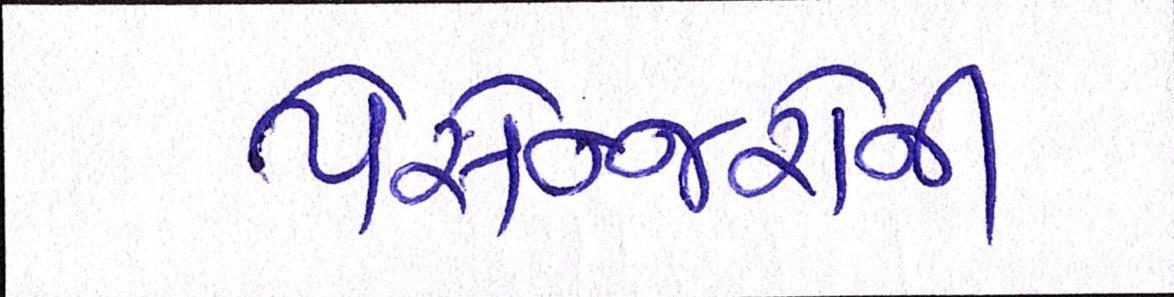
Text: પેસેન્જરોની